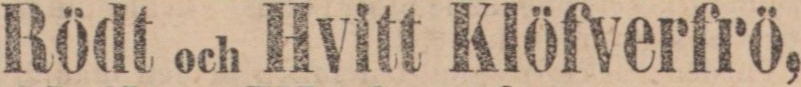
Rödt och Hvitt Klöfverfrö,